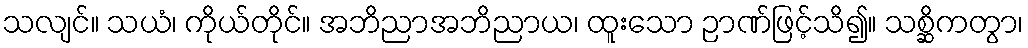
သလျင်။ သယံ၊ ကိုယ်တိုင်။ အဘိညာအဘိညာယ၊ ထူးသော ဉာဏ်ဖြင့်သိ၍။ သစ္ဆိကတွာ၊